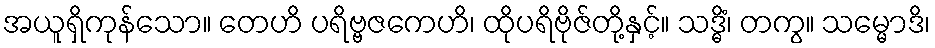
အယူရှိကုန်သော။ တေဟိ ပရိဗ္ဗဇကေဟိ၊ ထိုပရိဗိုဇ်တို့နှင့်။ သဒ္ဓိံ၊ တကွ။ သမ္မောဒိ၊